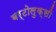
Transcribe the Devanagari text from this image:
बर्टोलुक्सी